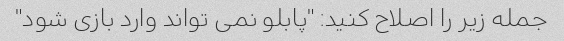
جمله زیر را اصلاح کنید: "پابلو نمی تواند وارد بازی شود"